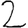
Digit: 2